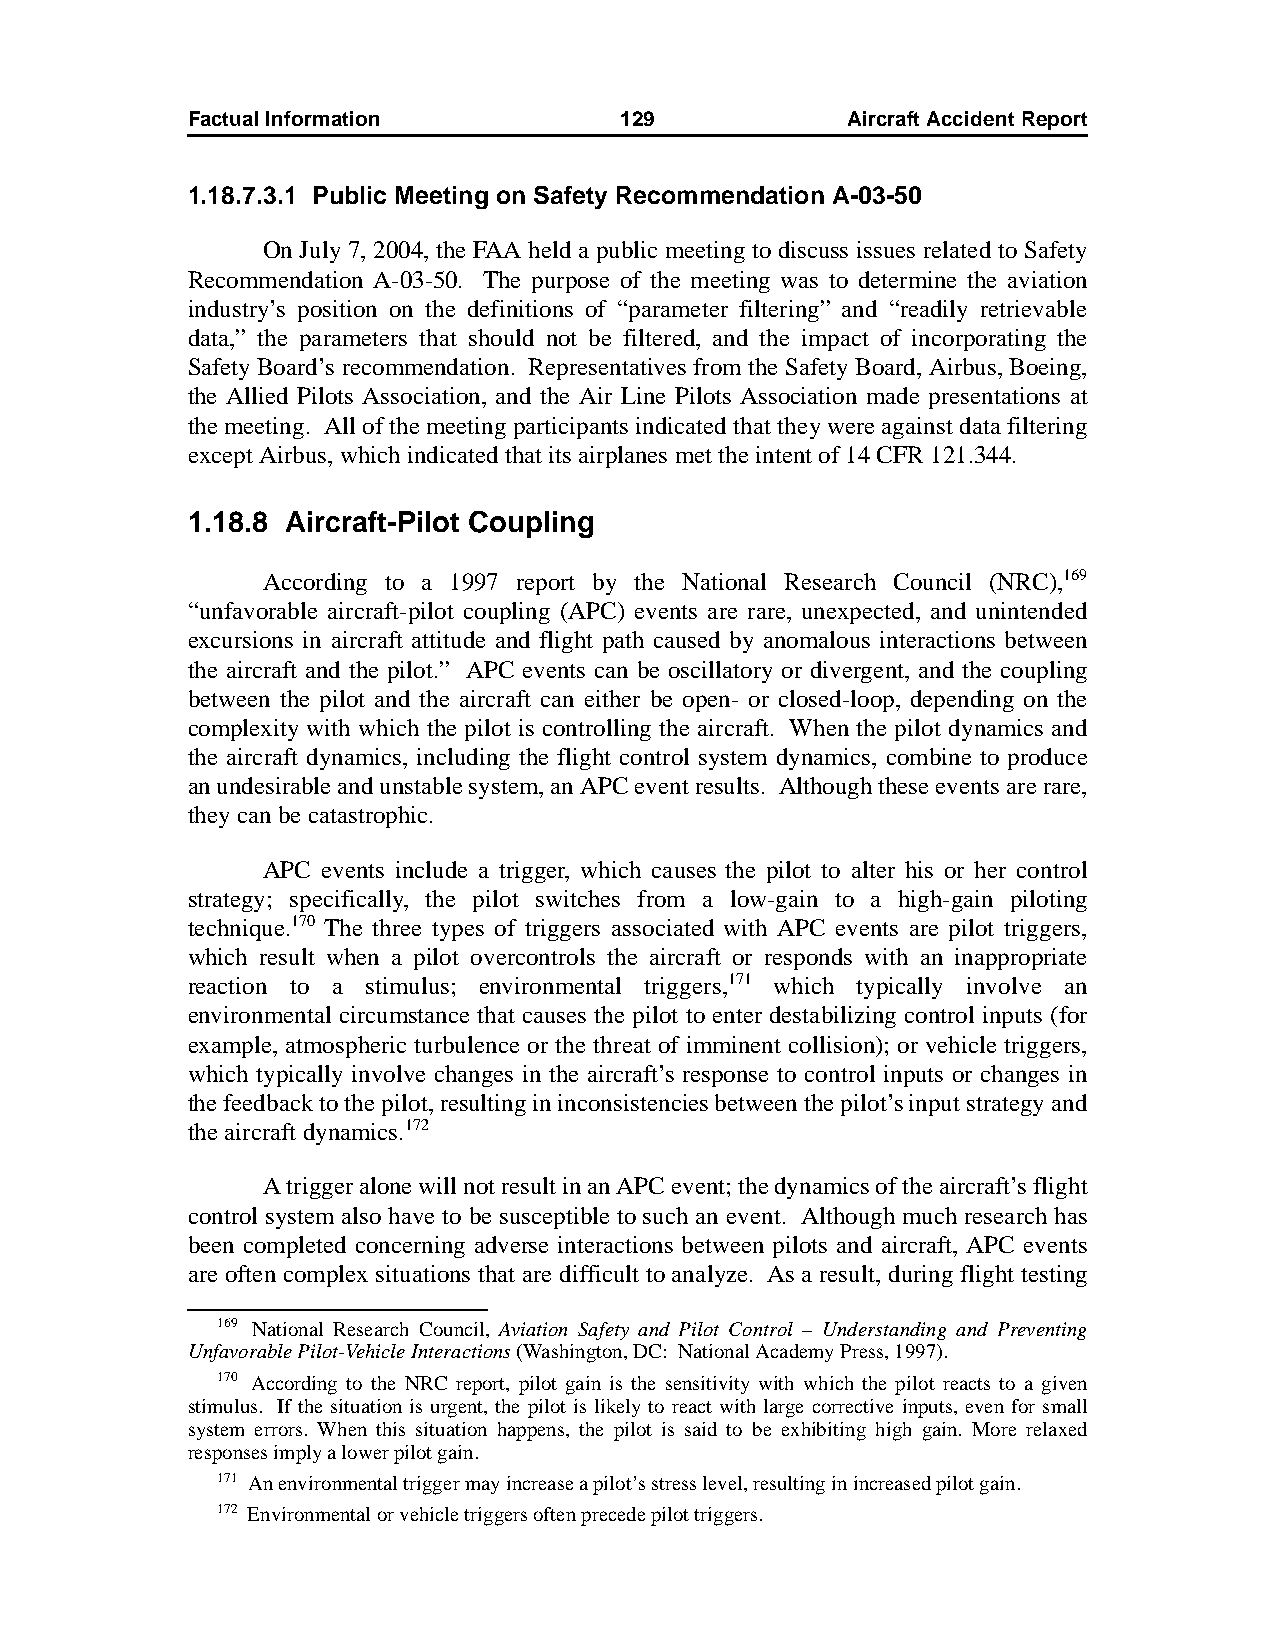
Factual Information          129            AircraftAccidentReport
 1.18.7.3.1 Public Meeting on Safety Recommendation A-03-50
 On July 7, 2004, the FAA held a public meeting to discuss issues related to Safety
 Recommendation A-03-50. The purpose of the meeting was to determine the aviation
 industry’s position on the definitions of “parameter filtering” and “readily retrievable
 data,” the parameters that should not be filtered, and the impact of incorporating the
 Safety Board’s recommendation. Representatives from the Safety Board, Airbus, Boeing,
 the Allied Pilots Association, and the Air Line Pilots Association made presentations at
 the meeting. All of the meeting participants indicated that they were against data filtering
 except Airbus, which indicated that its airplanes met the intent of 14 CFR 121.344.
 1.18.8 Aircraft-Pilot Coupling
 According to a 1997 report by the National Research Council (NRC),169
 “unfavorable aircraft-pilot coupling (APC) events are rare, unexpected, and unintended
 excursions in aircraft attitude and flight path caused by anomalous interactions between
 the aircraft and the pilot.” APC events can be oscillatory or divergent, and the coupling
 between the pilot and the aircraft can either be open- or closed-loop, depending on the
 complexity with which the pilot is controlling the aircraft. When the pilot dynamics and
 the aircraft dynamics, including the flight control system dynamics, combine to produce
 an undesirable and unstable system, an APC event results. Although these events are rare,
 they can be catastrophic.
 APC events include a trigger, which causes the pilot to alter his or her control
 strategy; specifically, the pilot switches from a low-gain to a high-gain piloting
 technique.170 The three types of triggers associated with APC events are pilot triggers,
 which result when a pilot overcontrols the aircraft or responds with an inappropriate
 reaction to a stimulus; environmental triggers,171 which typically involve an
 environmental circumstance that causes the pilot to enter destabilizing control inputs (for
 example, atmospheric turbulence or the threat of imminent collision); or vehicle triggers,
 which typically involve changes in the aircraft’s response to control inputs or changes in
 the feedback to the pilot, resulting in inconsistencies between the pilot’s input strategy and
 the aircraft dynamics.172
 A trigger alone will not result in an APC event; the dynamics of the aircraft’s flight
 control system also have to be susceptible to such an event. Although much research has
 been completed concerning adverse interactions between pilots and aircraft, APC events
 are often complex situations that are difficult to analyze. As a result, during flight testing
 169 National Research Council, Aviation Safety and Pilot Control – Understanding and Preventing
 Unfavorable Pilot-Vehicle Interactions (Washington, DC: National Academy Press, 1997).
 170 According to the NRC report, pilot gain is the sensitivity with which the pilot reacts to a given
 stimulus. If the situation is urgent, the pilot is likely to react with large corrective inputs, even for small
 system errors. When this situation happens, the pilot is said to be exhibiting high gain. More relaxed
 responses imply a lower pilot gain.
 171 An environmental trigger may increase a pilot’s stress level, resulting in increased pilot gain.
 172 Environmental or vehicle triggers often precede pilot triggers.